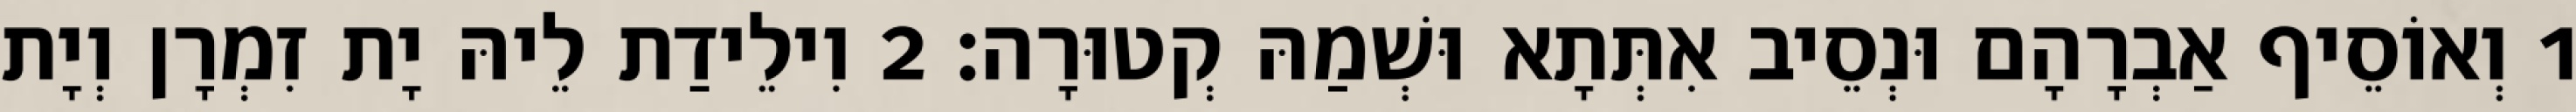
1 וְאוֹסֵיף אַבְרָהָם וּנְסֵיב אִתְּתָא וּשְׁמַהּ קְטוּרָה׃ 2 וִילֵידַת לֵיהּ יָת זִמְרָן וְיָת